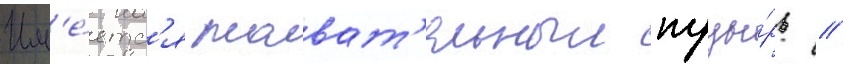
Им'е́етс'я плават'ельныи пузы́рь //